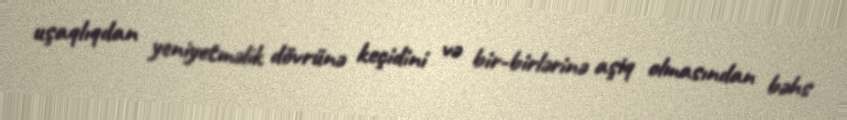
uşaqlıqdan yeniyetməlik dövrünə keçidini və bir-birlərinə aşiq olmasından bəhs